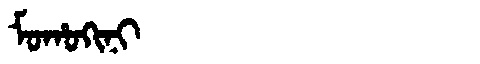
Manchu: ᠮᠣᡥᠣᡴᡳᠨᡳ
Romanization: MOHOKINI